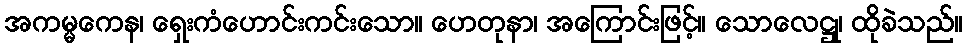
အကမ္မကေန၊ ရှေးကံဟောင်းကင်းသော။ ဟေတုနာ၊ အကြောင်းဖြင့်။ သောလေဋ္ဌု၊ ထိုခဲသည်။